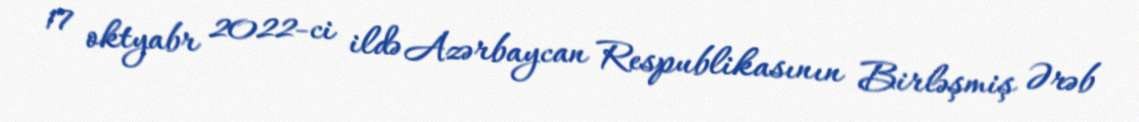
17 oktyabr 2022-ci ildə Azərbaycan Respublikasının Birləşmiş Ərəb